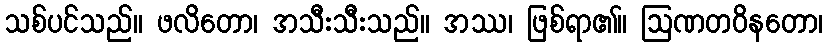
သစ်ပင်သည်။ ဖလိတော၊ အသီးသီးသည်။ အဿ၊ ဖြစ်ရာ၏။ ဩဏတဝိနတော၊